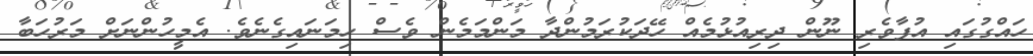
ހައްގުގައި އުފާވެރި ނޫން ދިރިއުޅުމެއް ހޭދަކުރަމުންދާ މަންމަމެން ވެސް ހިމަނައިގެނެވެ. އެމީހުންނަށް މަރުހަބާ